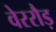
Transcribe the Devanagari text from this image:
वेररौड़